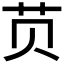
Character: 𱽎